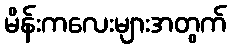
မိန်းကလေးများအတွက်